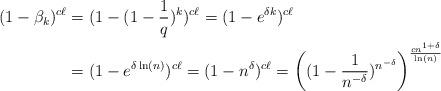
LaTeX: \begin{align*}(1- \beta_k)^{c\ell} &= (1- (1-\frac 1q)^k )^{c\ell} = (1- e^{\delta k})^{c\ell}\\&= (1 - e^{\delta \ln (n)})^{c\ell} = (1 - n^{\delta})^{c\ell} = \left((1- \frac 1{n^{-\delta}} )^{n^{-\delta}}\right)^{\frac {cn^{1+ \delta}}{\ln(n)}}\\ \end{align*}